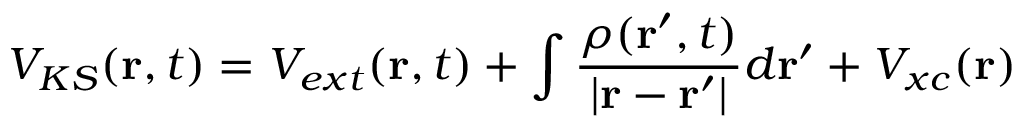
V _ { K S } ( { \bf r } , t ) = V _ { e x t } ( { \bf r } , t ) + \int \frac { \rho ( { \bf r } ^ { \prime } , t ) } { | { \bf r } - { \bf r } ^ { \prime } | } d { \bf r } ^ { \prime } + V _ { x c } ( { \bf r } )